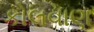
કોલવાણ